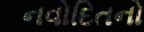
નવોદિતનો